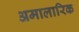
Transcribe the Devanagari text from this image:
अमालारिक